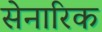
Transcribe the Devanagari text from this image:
सेनारिक